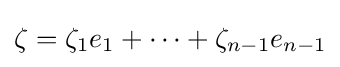
\zeta =\zeta _{1}e_{1}+\cdots +\zeta _{n-1}e_{n-1}